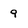
Character: 9